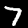
Digit: 7